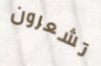
تشعرون